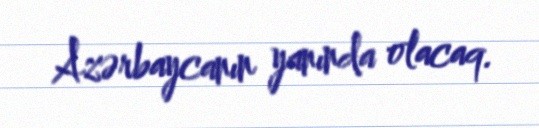
Azərbaycanın yanında olacaq.